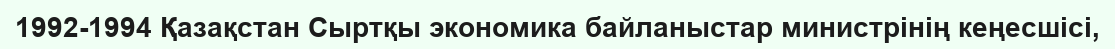
1992-1994 Қазақстан Сыртқы экономика байланыстар министрінің кеңесшісі,